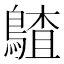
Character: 𪃵